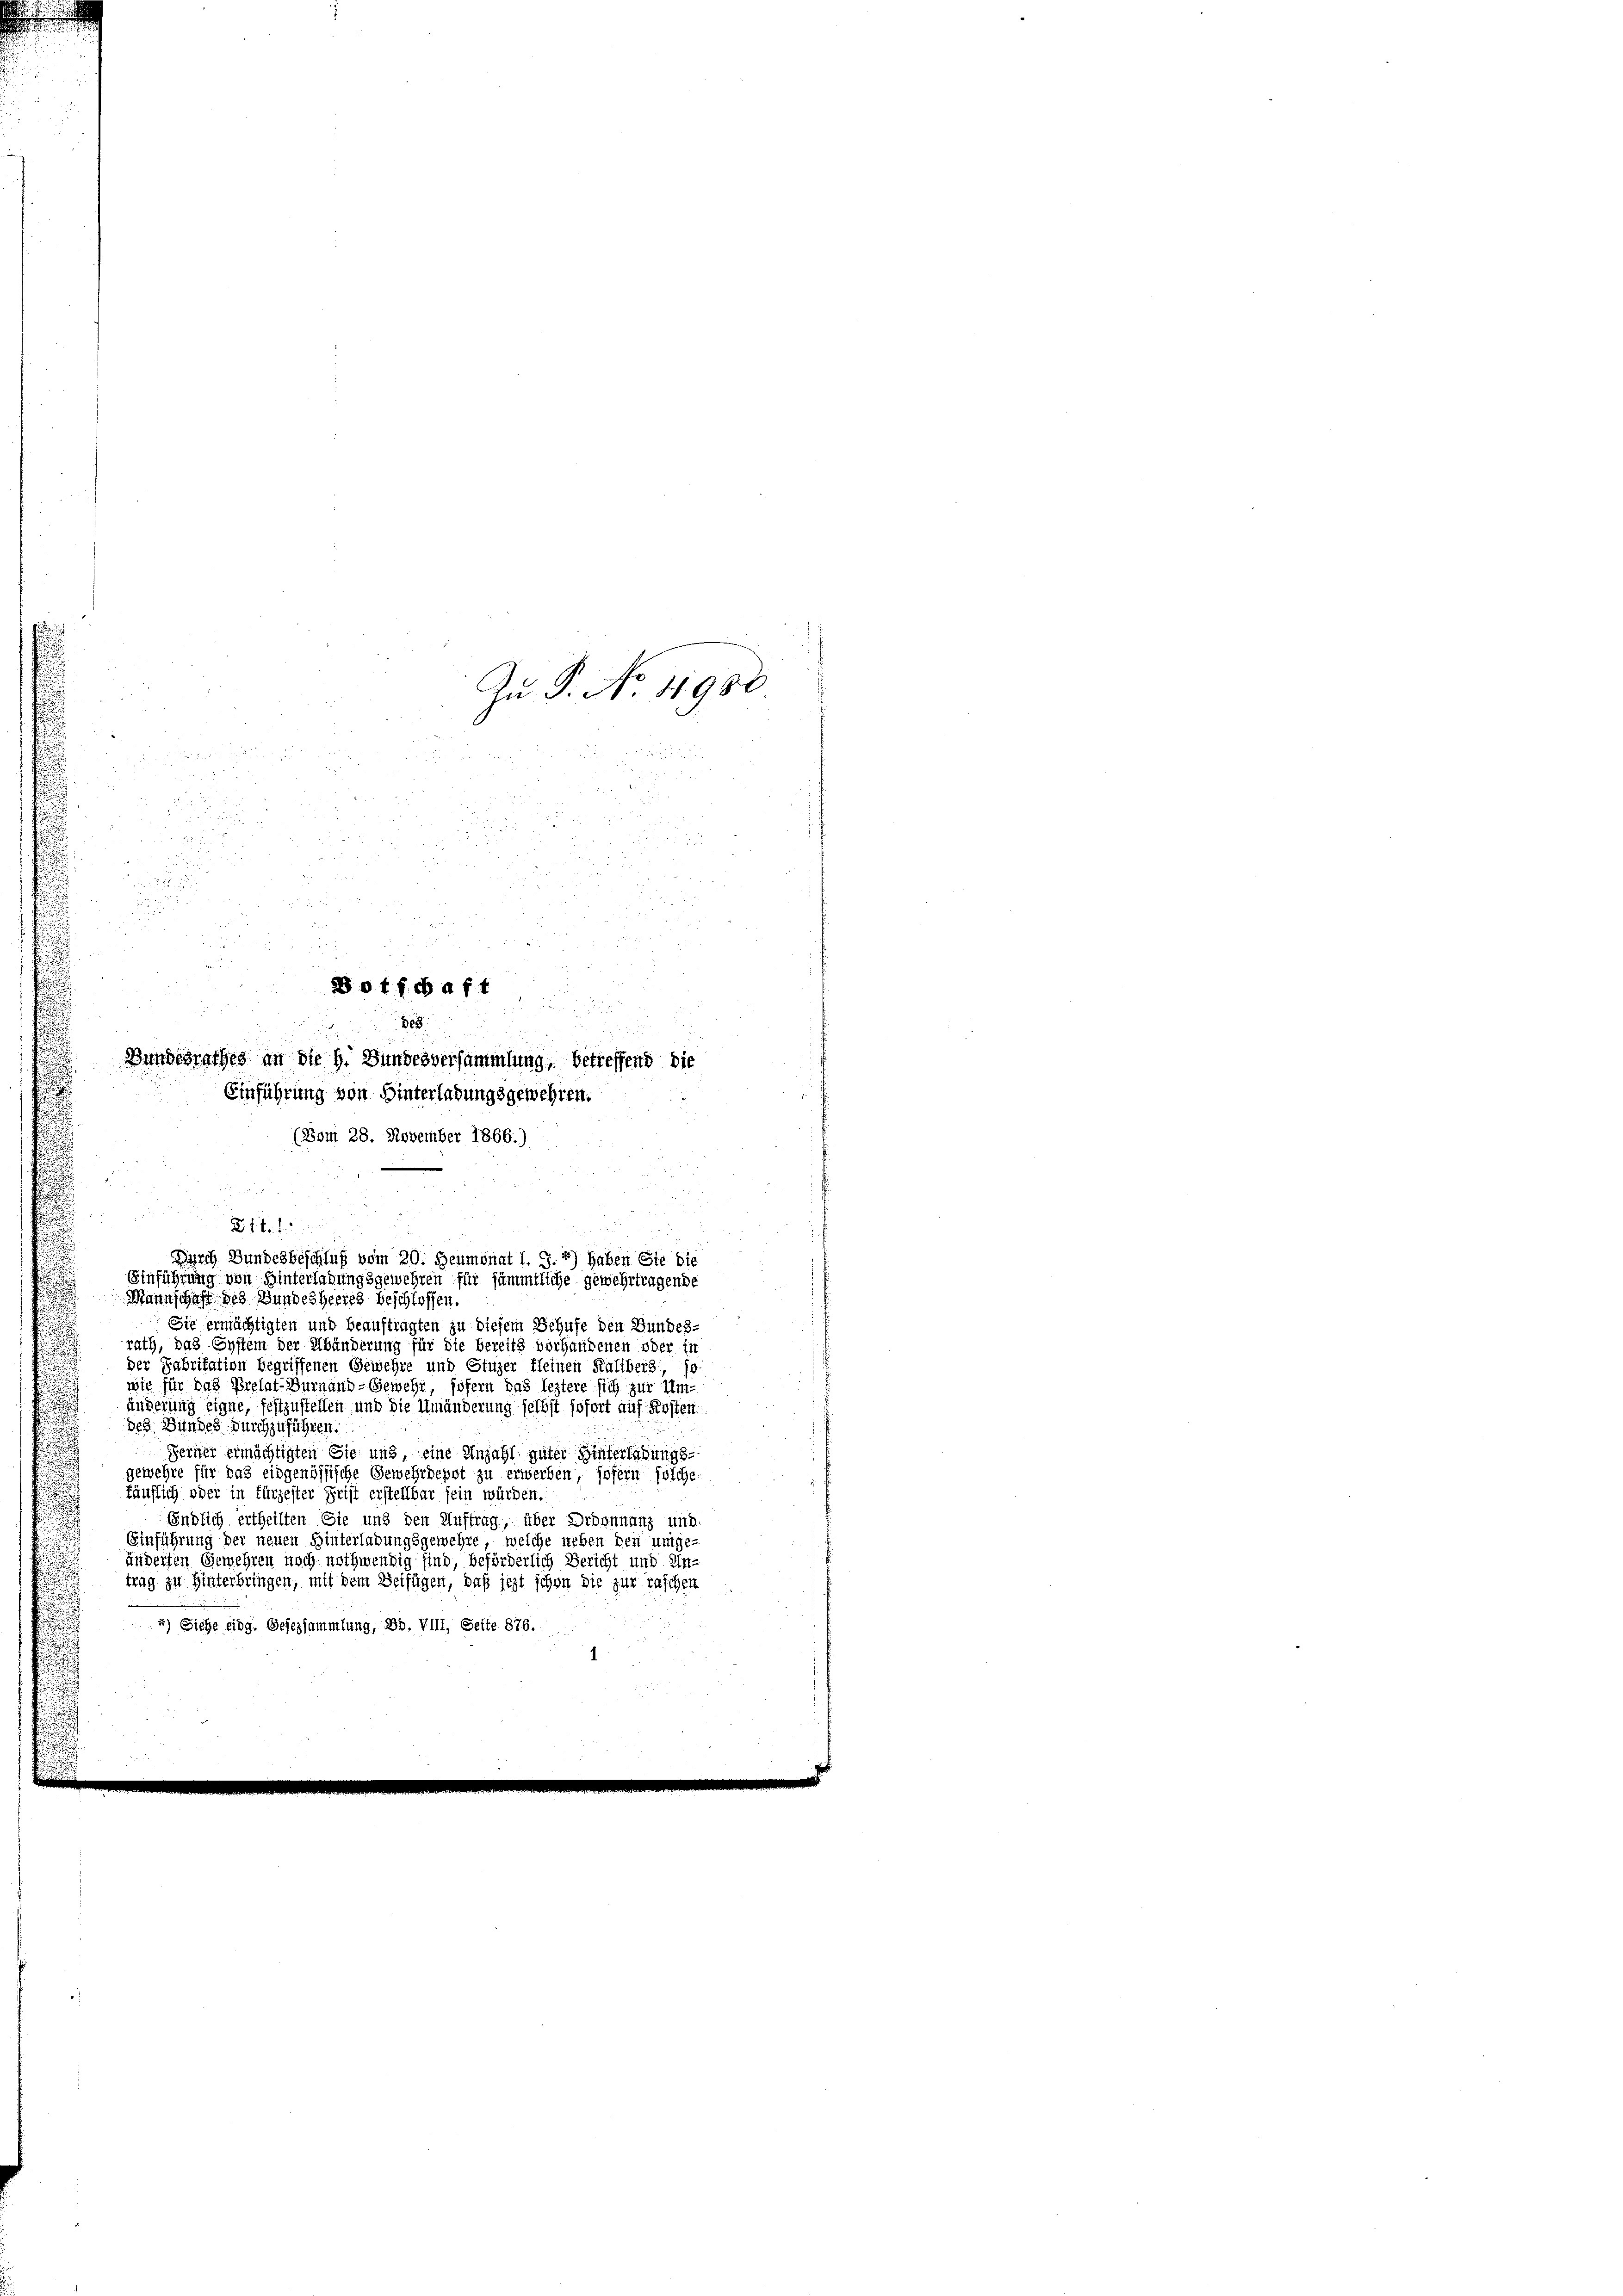
u

.
Mannschaft des Bundesheeres beschlossen.
Sie ermächtigten und beauftragten zu diesem Behufe den Bundes-
rath, das System der Abänderung für die bereits vorhandenen oder in
der Fabrikation begriffenen Gewehre und Etuzer fleinen Kaliberg, Jo
wie für das Prelat-Burnaud-Gewehr, sofern das leztere sich zur Um-
änderung eigne, festzustellen und die Umänderung selbst sofort auf Kosten
des Bundes durchzuführen.
Ferner ermächtigten Sie und, eine Anzahl guter Hinterladungsgewehre für das eidgenössische Gewehrdepot zu erwerben, sofern solche
käuflich oder in fürzester Frist erstellbar sein würden.
Endlich ertheilten Sie und den Auftrag, über Drönnnanz und
Einführung der neuen Hinterladungsgewehre, welche neben den umge-
änderten Gewehren noch nothwendig sind, beförderlich Bericht und Untrag zu Hinterbringen, mit dem Beifügen, daß jezt schon die zur raschen
2) Siehe eidg. Gesezsammlung, Bd. VIII, Seite 876.

.
.

2
d
 88
2
d

2

 xx

 55 x
r
8otfchaft

2

Bundesrathes an die h. Bundesversammlung, betreffend die
Einführung von Hinterladungsgewehren.
(Bom 28. November 1866.)
.
a
i
216. 1
u
i
Durch Bundesbeschluß vom 20. Heumonat l. J. 7) haben Sie die
Einführung von Hinterladungsgewehren für sämmtliche gewehrtragende

Ja s. No. 4986